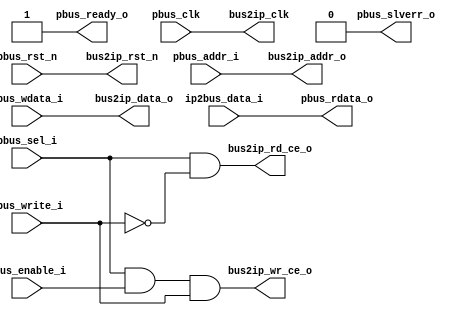
module pbus_bridge (
    //apb-like bus slave interface
    input               pbus_clk,
    input               pbus_rst_n,

    input  [31:0]       pbus_addr_i,
    input               pbus_write_i,
    input               pbus_sel_i,
    input               pbus_enable_i,
    input  [31:0]       pbus_wdata_i,
    output [31:0]       pbus_rdata_o,
    output              pbus_ready_o,
    output              pbus_slverr_o,

    //standard ip access bus interface
    output              bus2ip_clk   ,
    output              bus2ip_rst_n  ,
    output [31:0]       bus2ip_addr_o ,
    output [31:0]       bus2ip_data_o ,
    output              bus2ip_rd_ce_o ,         //active high
    output              bus2ip_wr_ce_o ,         //active high
    input  [31:0]       ip2bus_data_i   
);
    //generate bus control signals
    assign bus2ip_wr_ce_o = pbus_sel_i & pbus_enable_i & pbus_write_i;
    assign bus2ip_rd_ce_o = pbus_sel_i & (~pbus_write_i);

    //pass through signals
    assign bus2ip_clk    = pbus_clk;
    assign bus2ip_rst_n  = pbus_rst_n;
    assign bus2ip_addr_o = pbus_addr_i;
    assign bus2ip_data_o = pbus_wdata_i;

    assign pbus_rdata_o  = ip2bus_data_i;

    //wire to constant
    assign pbus_ready_o  = 1'b1;
    assign pbus_slverr_o = 1'b0;
endmodule